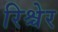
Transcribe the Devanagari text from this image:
रिश्चेर